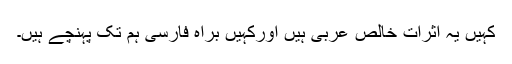
کہیں یہ اثرات خالص عربی ہیں اورکہیں براہِ فارسی ہم تک پہنچے ہیں۔